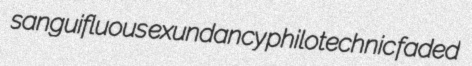
sanguifluous exundancy philotechnic faded